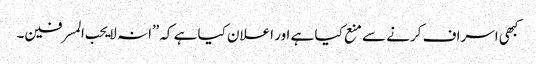
کبھی اسراف کرنے سے منع کیا ہے اور اعلان کیا ہے کہ”انہ لا یحب المسرفین۔